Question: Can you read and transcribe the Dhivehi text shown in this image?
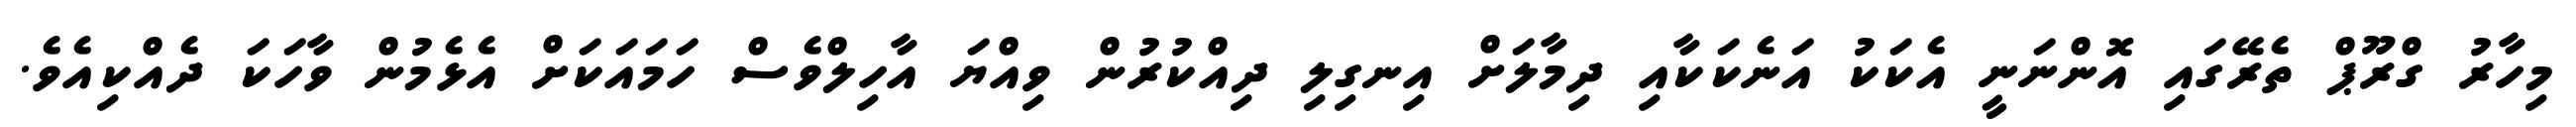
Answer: މިހާރު ގްރޫޕް ތެރޭގައި އޮންނަނީ އެކަކު އަނެކަކާއި ދިމާލަށް އިނގިލި ދިއްކުރުން ވިއްޔަ އާހިލްވެސް ހަމައަކަށް އެޅެމުން ވާހަކަ ދެއްކިއެވެ.